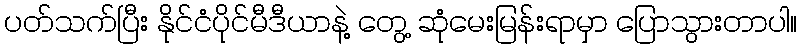
ပတ်သက်ပြီး နိုင်ငံပိုင်မီဒီယာနဲ့ တွေ့ ဆုံမေးမြန်းရာမှာ ပြောသွားတာပါ။